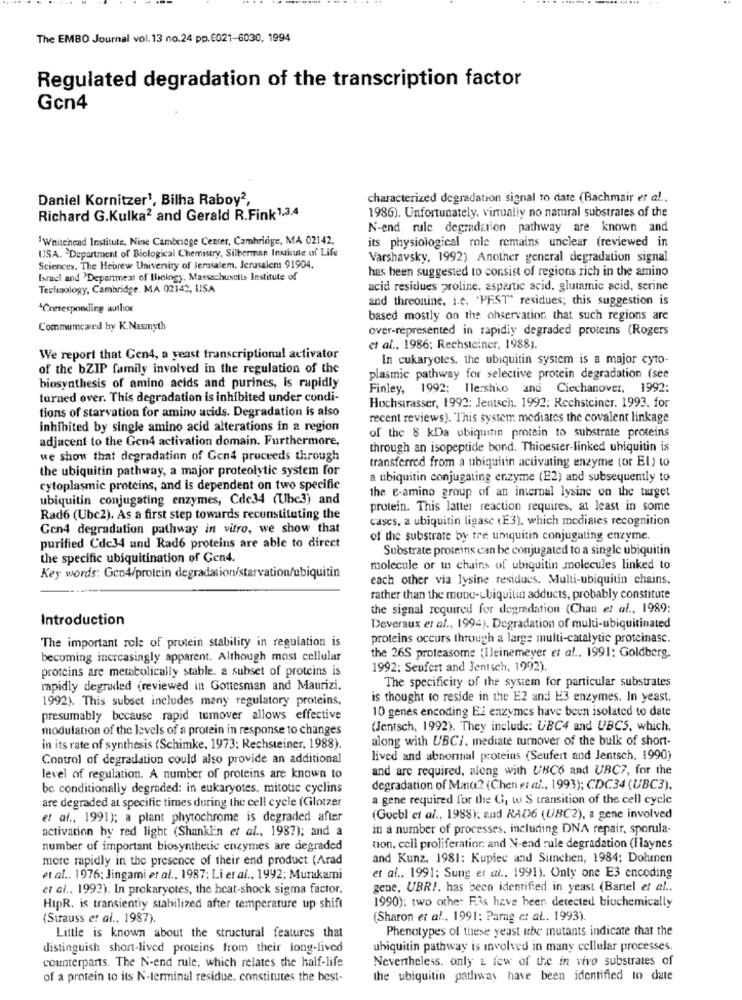
The EMBO Journal vol. 13 no.24 pp.6021-6030, 1994
Regulated degradation of the transcription factor
Gcn4
Daniel Kornitzer1, Bilha Raboy2,
characterized degradation signal to date (Bachmair et al ..
Richard G.Kulka2 and Gerald R.Fink1,3,4
1986). Unfortunately, virtually no natural substrates of the
N-end rule degradation pathway are known and
'Whitehead Institute, Nine Cambridge Center, Cambridge, MA 02142,
its physiological role remains unclear (reviewed in
USA. `Department of Biological Chemistry, Silberman Institute of Life
Varshavsky, 1992). Another general degradation signal
Sciences. The Hebrew University of Jerusalem, Jerusalem 91904.
has been suggested to consist of regions rich in the amino
Israel and 'Department of Biology. Massachusetts Institute of
Technology, Cambridge, MA 02142, USA
acid residues proline, aspartic acid, glutamic acid, serine
and threonine, i.e. "PEST" residues; this suggestion is
*Corresponding author
based mostly on the ohservation that such regions are
Commumcard by K.Nasmyth
over-represented in rapidiy degraded proteins (Rogers
et al ., 1986; Rechsteiner, 1988).
We report that Gen4, a yeast transcriptional activator
In cukaryotes, the ubiquitin system is a major cyto-
of the bZIP family involved in the regulation of the
plasmic pathway for selective protein degradation (see
biosynthesis of amino acids and purines, is rapidly
Finley, 1992: Ile:shko and Ciechanover, 1992:
turned over. This degradation is inhibited under condi-
Hochstrasser, 1992: Jentsch. 1992; Rechsteiner. 1993, for
tions of starvation for amino acids. Degradation is also
recent reviews). This system mediates the covalent linkage
inhibited by single amino acid alterations in a region
of the 8 kDa ubiquitin protein to substrate proteins
adjacent to the Gen4 activation domain. Furthermore,
through an isopeptide bond. Thioester-linked ubiquitin is
we show that degradation of Gen4 proceeds through
transferred from a ubiquitin activating enzyme (or El) to
the ubiquitin pathway, a major proteolytic system for
a ubiquitin conjugating enzyme (E2) and subsequently to
cytoplasmic proteins, and is dependent on two specific
the e-amino group of an internal lysine on the target
ubiquitin conjugating enzymes, Cdc34 (Uhc3) and
protein. This latter reaction sequires, at least in some
Rad6 (Ubc2). As a first step towards reconstituting the
cases, a ubiquitin ligase (E3), which modiates recognition
Gen4 degradation pathway in vitro, we show that
of the substrate by rre uniquitin conjugating enzyme.
purified Cdc34 and Rad6 proteins are able to direct
Substrate proteins can be conjugated to a single ubiquitin
the specific ubiquitination of Gen4.
molecule or in chains of ubiquitin molecules linked to
Key words: Gen4/protein degradation/starvation/ubiquitin
each other via lysine residues. Multi-ubiquitin chains.
rather than the mono-ubiquitin adducts, probably constitute
the signal required for degradation (Chan et al ., 1989:
Introduction
Deveraux et al ., 1994). Degradation of multi-ubiquitinated
proteins occurs through a large multi-catalytic proteinasc.
The important role of protein stability in regulation is
becoming increasingly apparent. Although most cellular
the 26S proteasome (ileinemeyer et al .. 1991: Goldberg.
proteins are metabolically stable. a subset of proteins is
1992: Seufert and Jentsch, 1992).
The specificity of the system for particular substrates
rapidly degraded (reviewed in Gottesman and Maurizi.
1992). This subset includes many regulatory proteins,
is thought to reside in the E2 and E3 enzymes. In yeast.
10 genes encoding El enzymes have been isolated to date
presumably because rapid tumover allows effective
modulation of the levels of a protein in response to changes
(Jentsch, 1992). They include: UBC4 and UBCS, which.
along with UBCI, mediate turnover of the bulk of short-
in its rate of synthesis (Schimke. 1973: Rechsteiner, 1988).
Control of degradation could also provide an additional
lived and abnormal proteins (Seufert and Jentsch, 1990)
and are required, along with UBC6 and UBC7, for the
level of regulation. A number of proteins are known to
be conditionally degraded: in eukaryotes, mitoue cyclins
degradation of Matte2 (Chen et al ., 1993); CDC34 (UBC3).
are degraded at specific times during the cell cycle (Glotzer
a gene required for the G, to S transition of the cell cycle
et af ., 1991); a plant phytochrome is degraded after
(Guebl et al ., 1988), and RAD6 (UBC2), a gene involved
activation hy red light (Shanklin et al ., 1987); and a
in a number of processes, including DNA repair, sporula-
number of important biosynthetic enzymes are degraded
tion, cell proliferation. and N-end rule degradation (H laynes
more rapidly in the presence of their end product (Arad
and Kunz, 1981: Kupiec and Simchen, 1984; Dohmen
et al ., 1991; Sung et al .. 1991). Only one E3 encoding
et al ., 1976; Jingami et al ., 1987: Li et al ., 1992; Murakami
et al .. 1992). In prokaryotes, the heat-shock sigma factor.
gene, UBRI. has been identified in yeast (Bartel et al ..
HipR. is transientiy stabilized after temperature up shift
1990): two other F3s have been detected biochemically
(Strauss et al ., 1987).
(Sharon et al .. 1991: Parag et al .. 1993).
Phenotypes of these yeast ube mutants indicate that the
Little is known about the structural features that
distinguish short-lived proteins from their long-lived
ubiquitin pathway is involved in many cellular processes.
counterparts. The N-end rule, which relates the half-life
Nevertheless. only a few of the in vivo substrates of
of a protein to its N-terminal residue. constitutes the best-
the ubiquitin pathway have been identified to date